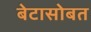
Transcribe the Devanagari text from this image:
बेटासोबत